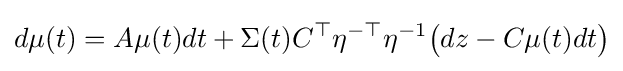
d\mu (t)=A\mu (t)dt+\Sigma (t)C^{\top }\eta ^{-\top }\eta ^{-1}{\big (}dz-C\mu (t)dt{\big )}